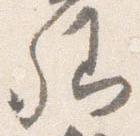
卿